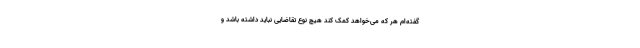
گفته‌ام هر که می‌خواهد کمک کند هیچ نوع تقاضایی نباید داشته باشد و